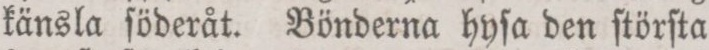
känsla ſöderåt. Bönderna hyſa den ſtörſta